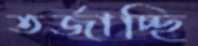
তর্জাচ্ছি